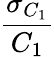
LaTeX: \frac{\sigma_{C_{1}}}{C_{1}}